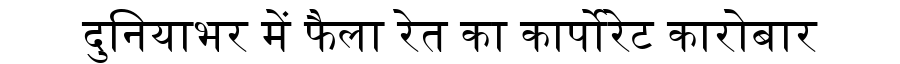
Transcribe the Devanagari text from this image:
दुनियाभर में फैला रेत का कार्पोरेट कारोबार